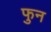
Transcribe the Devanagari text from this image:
फुन